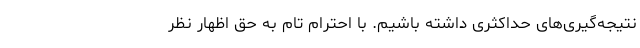
نتیجه‌گیری‌های حداکثری داشته باشیم. با احترام تام به حق اظهار نظر